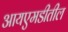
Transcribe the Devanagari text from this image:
आयएमडीतील